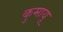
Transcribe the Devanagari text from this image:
कुमायू